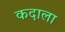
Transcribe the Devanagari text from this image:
कदाला